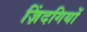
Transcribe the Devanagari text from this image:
ज़िंदगियों